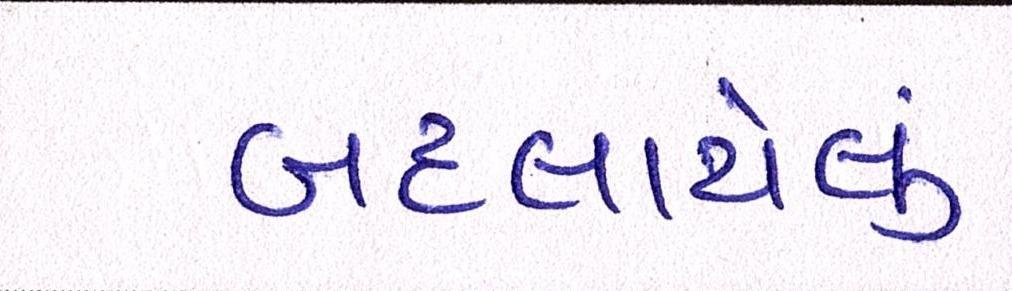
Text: બદલાયેલું